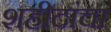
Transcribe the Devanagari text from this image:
शहीदांचा